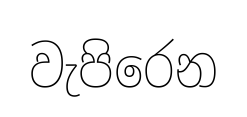
වැපිරෙන